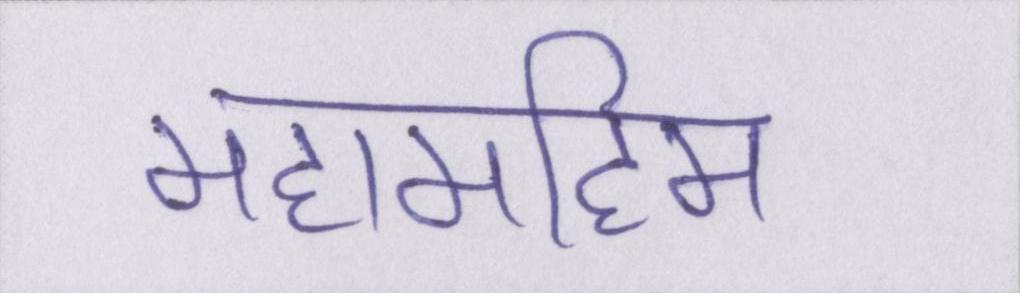
महामहिम